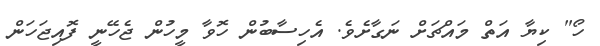
ހޯ" ކިޔާ އަތް މައްޗަށް ނަގާށެވެ. އެހިސާބުން ހޮވާ މީހުން ޖެހޭނީ ފޮއިޖަހަން